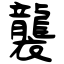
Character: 襲